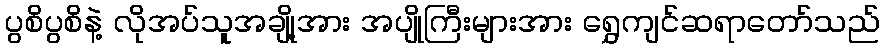
ပွစိပွစိနဲ့ လိုအပ်သူအချို့အား အပျိုကြီးများအား ရွှေကျင်ဆရာတော်သည်